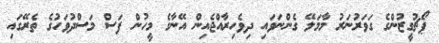
ޕޯޗުގީޒުންގެ ގަވަރުނަރު މާމަލޭ ގެންނަވައި ދިވެހިރާއްޖެއިން އޭނާގެ މީހުން ފަސް މަސްދުވަހުގެ ތެރޭގައި